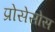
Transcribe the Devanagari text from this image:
प्रोसेसोस